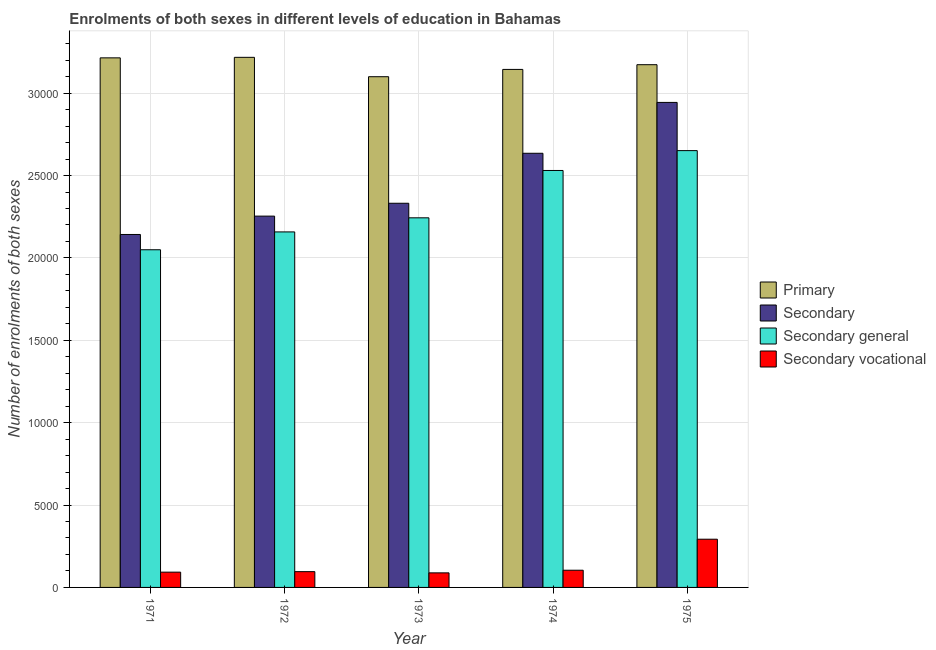
| Year | Primary | Secondary | Secondary general | Secondary vocational |
 | --- | --- | --- | --- | --- |
 | 1971 | 3.21e+04 | 2.14e+04 | 2.05e+04 | 927 |
 | 1972 | 3.22e+04 | 2.25e+04 | 2.16e+04 | 958 |
 | 1973 | 3.1e+04 | 2.33e+04 | 2.24e+04 | 884 |
 | 1974 | 3.14e+04 | 2.64e+04 | 2.53e+04 | 1.04e+03 |
 | 1975 | 3.17e+04 | 2.94e+04 | 2.65e+04 | 2.93e+03 |